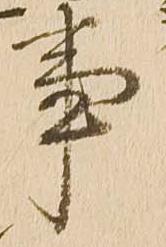
事